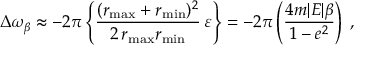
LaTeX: \Delta \omega _ { \beta } \approx - 2 \pi \left\{ \frac { ( r _ { \operatorname * { m a x } } + r _ { \operatorname * { m i n } } ) ^ { 2 } } { 2 \, r _ { \operatorname * { m a x } } r _ { \operatorname * { m i n } } } \, \varepsilon \right\} = - 2 \pi \left( \frac { 4 m | E | \beta } { 1 - e ^ { 2 } } \right) \; ,